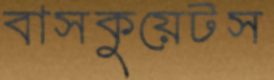
বাসকুয়েটস